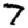
Digit: 7